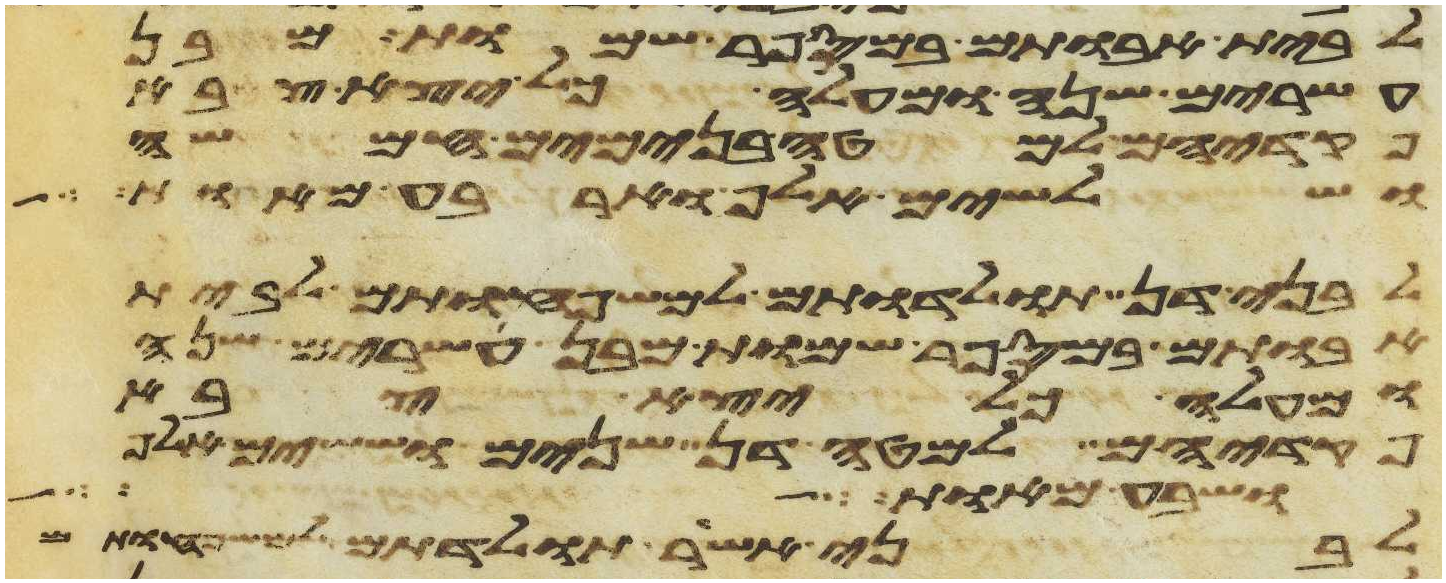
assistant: לבית אבותם במספר שמות מבן
עשרים שנה ומעלה כל יצא צבא
פקדיהם למטה בנימים חמשה
ושלשים אלף וארבע מאות
לבני דן תולדתם למשפחותם לבית
אבותם במספר שמות מבן עשרים שנה
ומעלה כל יצא צבא
פקדיהם למטה דן שנים וששים אלף
ושבע מאות
לבני אשר תולדתם למשפחותם